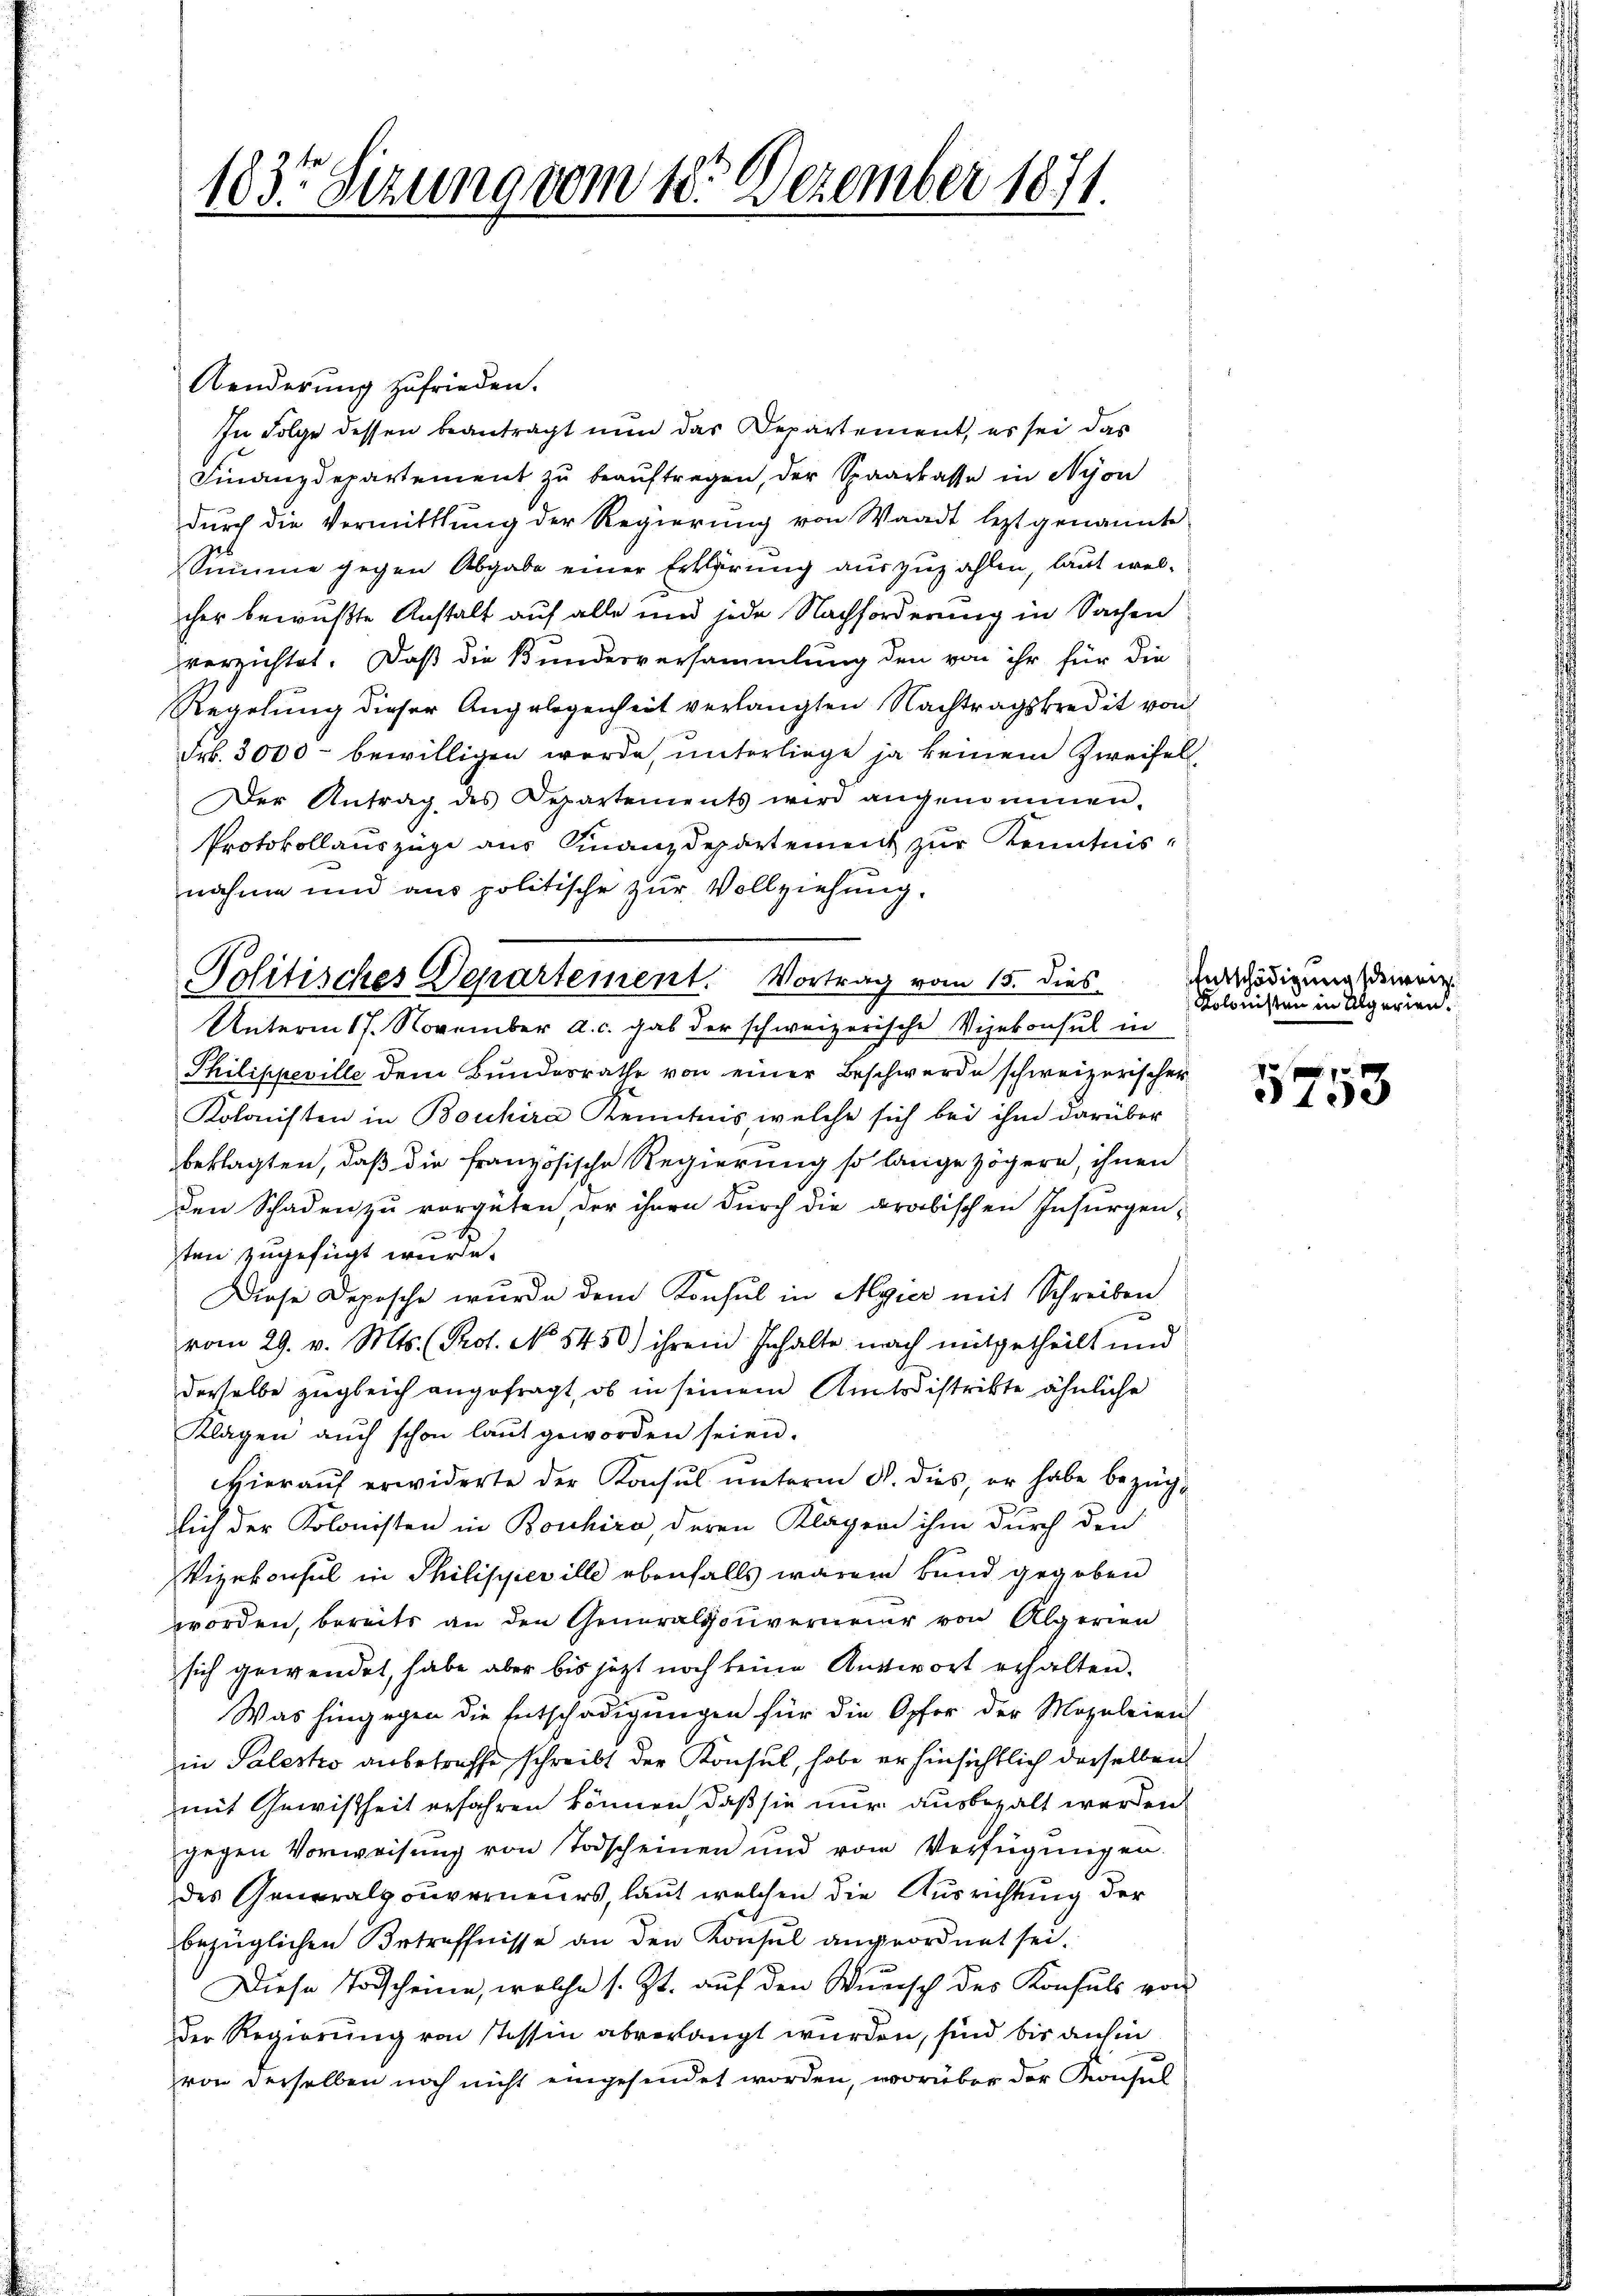
183. Sizung vom 18. Dezember 1871.

Aenderung zufrieden.
In Folge dessen beantragt nun das Departement, es sei das
Finanzdepartement zu beauftragen, der Sparkasse in Nyon
durch die Vermittlung der Regierung von Waadt leztgenannte
Summe gegen Abgabe einer Erklärung auszuzahlen, laut welcher bewußte Anstalt auf alle und jede Nachforderung in Sachen
vverrichtet. Daß die Bundesversammlung den von ihr für die
Regelung dieser Angelegenheit verlangten Nachtragskredit von
Frk. 3000 - bewilligen werde, unterliege ja keinem Zweifel¬
Der Antrag des Departements wird angenommen.
Protokollauszüge aus Finanzdepartement zur Kenntnisnahme und aus politische zur Vollziehung.
Philippeville dem Bundesrathe von einer Beschwerde schweizerischer
Kolonisten in Bouhira Kenntnis welche sich bei ihm darüber
beklagten, daß die französische Regierung so lange zögern, ihnen
den Schaden zu vergüten, der ihnen durch die arabischen Insurgen-
x
ten zugefügt wurde.
Diese Deposche wurde dem Konsul in Algier mit Schreiben
vom 29. v. Mts. (Prof. No 5450) ihrem Inhalte nach mitgetheilt und
derselbe zugleich angefragt, ob in seinem Amtsdistrikte ähnliche
Klagen auch schon laut geworden seien.
Hieraŭf erwiderte der Konsul ŭnterm 8. dies er habe bezüglich der Kolonisten in Bonhira deren Klager ihm durch den
Vizekonsul in Philipper ille ebenfalls waren bund gegeben
worden, bereits an den Generalgouverneuer von Algerien
sich gewendet, habe aber bis jetzt noch keine Antwort erhalten.
Was hingegen die Entschädigungen für die Opfer der Mozuleien
in Palestio anbetreffe schreibt der Konsul, habe er hinsichtlich derselben
mit Gewißheit erfahren können, daß sie nur ausbezalt werden.
gegen Vorweisung von Todscheinen und vom Verfügungen.
des Generalgouverneurs, laut welchen die Ausrichtung der
bezüglichen Betreffnisse an den Konsul angeordnet sei.
Diese Todscheine, welche s. Zt. auf den Wunsch des Konsuls von
der Regierung von Tessin abverlangt wurden, sind bis anhin
von derselben noch nicht eingesendet worden, worüber der Konsul

Politisches Departement. Vortrag vom 15. dies
Unterm 17. November a. c. gab der schweizerische Vizekonsul in

i

Entschädigung schweiz.
Kolonisten in Alperien.

5753